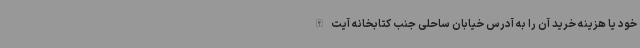
خود یا هزینه خرید آن را به آدرس خیابان ساحلی جنب کتابخانه آیت‌الله